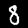
Label: 8